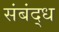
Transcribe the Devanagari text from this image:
संबंद्‌ध